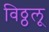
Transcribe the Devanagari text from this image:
विठ्ठलू